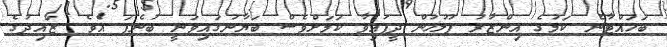
ބަހައްޓާނެ ކަމުގެ އިންޒާރު ފުލުހުން ދީފައިވާ ކަމަށްވެސް ބަޔާނުގައިވަނީ ބުނެފަ އެވެ. ޒައިދުގެ